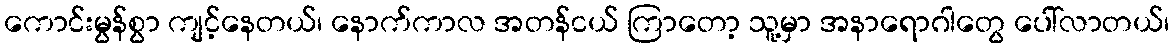
ကောင်းမွန်စွာ ကျင့်နေတယ်၊ နောက်ကာလ အတန်ငယ် ကြာတော့ သူ့မှာ အနာရောဂါတွေ ပေါ်လာတယ်၊